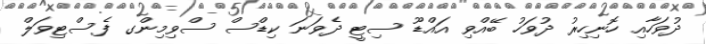
ދުވަހާއި ހޮނިހިރު ދުވަހު ބޭއްވި އައްޑޫ ސިޓީ ދެވަނަ ކިޑްސް ސްވިމިންގ ފެސްޓިވަލް